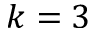
k = 3